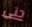
حتى